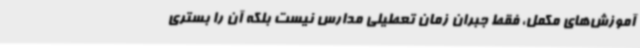
آموزش‌های مکمل، فقط جبران زمان تعطیلی مدارس نیست بلکه آن را بستری